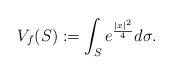
LaTeX: \begin{align*}V_f(S):=\int_S e^{\frac{|x|^2}{4}}d\sigma.\end{align*}